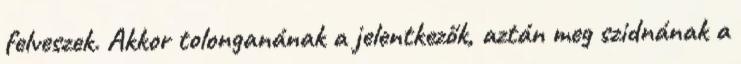
felveszek. Akkor tolonganának a jelentkezők, aztán meg szidnának a